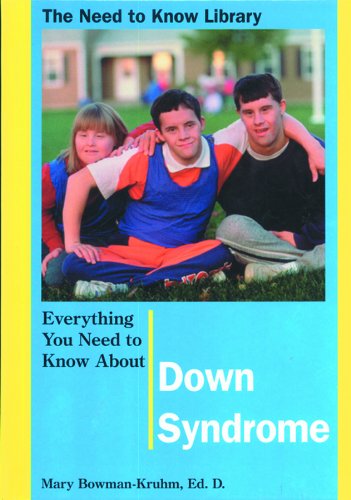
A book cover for Everything You Need to Know About Down Syndrome (Need to Know Library); Health, Fitness & Dieting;